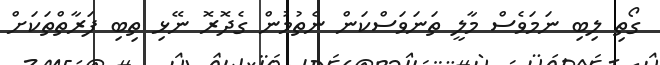
ގޯތި ލިބި ނަމަވެސް މާލީ ތަނަވަސްކަން ނެތުމުން ގެދޮރޮ ނޭޅި ތިބި ފަރާތްތަކަށް